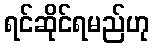
ရင်ဆိုင်ရမည်ဟု